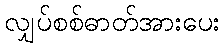
လျှပ်စစ်ဓာတ်အားပေး